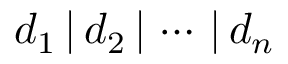
d _ { 1 } \, | \, d _ { 2 } \, | \, \cdots \, | \, d _ { n }